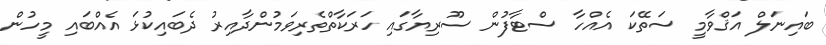
ބައިނަލް އަޤްވާމީ ސަތޭކަ އެއްހާ ސްޓާފުން ސޫރިޔާގައި ހަރަކާތްތެރިވަމުންދާއިރު ދެބައިކުޅަ އެއްބައި މީހުން